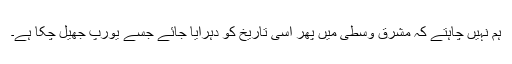
ہم نہیں چاہتے کہ مشرق وسطى میں پھر اسى تاریخ کو دہرایا جائے جسے یورپ جهیل چکا ہے۔